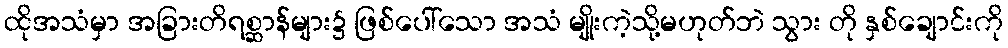
ထိုအသံမှာ အခြားတိရစ္ဆာန်များ၌ ဖြစ်ပေါ်သော အသံ မျိုးကဲ့သို့မဟုတ်ဘဲ သွား တို နှစ်ချောင်းကို